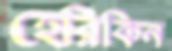
হেরিকিন